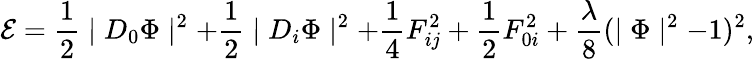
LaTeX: {\cal E}=\frac{1}{2}\mid D_{0}\Phi\mid^{2}+\frac{1}{2}\mid D_{i}\Phi\mid^{2}+\frac{1}{4}F_{ij}^{2}+\frac{1}{2}F_{0i}^{2}+\frac{\lambda}{8}(\mid\Phi\mid^{2}-1)^{2},